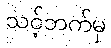
သင့်ဘက်မှ